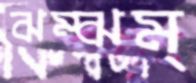
ঝম্‌ঝম্‌